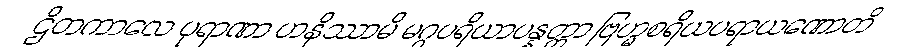
ဌိတကာလေ ပုရာဏာ ဟနိဿာမိ မဂ္ဂပရိယာပန္နတ္တာ ဗြဟ္မစရိယပရာယဏောတိ